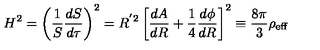
H ^ { 2 } = \left( \frac { 1 } { S } \frac { d S } { d \tau } \right) ^ { 2 } = R ^ { ' 2 } \left[ \frac { d A } { d R } + \frac { 1 } { 4 } \frac { d \phi } { d R } \right] ^ { 2 } \equiv \frac { 8 \pi } { 3 } \rho _ { \mathrm { e f f } }